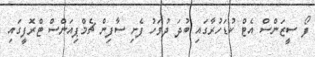
ފޯ ސީޒަންސް އެޓް ކުޑަހުރާގައި ބުދަ ދުވަހު ފެށި ސާފިން ޗެމްޕިއަންސް ޓްރޮފީގައި